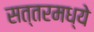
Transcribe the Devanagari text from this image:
सत्तरमध्ये